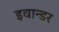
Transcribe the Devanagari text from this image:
इवान्डर